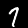
Digit: 7